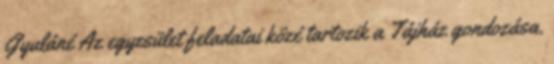
Gyuláné Az egyesület feladatai közé tartozik a Tájház gondozása.